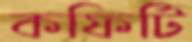
কফিটি